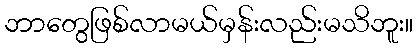
ဘာတွေဖြစ်လာမယ်မှန်းလည်းမသိဘူး။